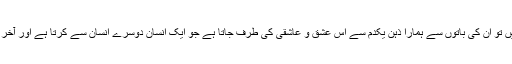
ہم جب بھی کسی شاعر کا کوئی شعر پڑھتے یا سنتے ہیں تو اُن کی باتوں سے ہمارا ذہن یکدم سے اُس عشق و عاشقی کی طرف جاتا ہے جو ایک انسان دوسرے انسان سے کرتا ہے اور آخر میں وہ عشق جاکر دونوں میں نفرت پرمنتج ہوجاتا ہے ۔